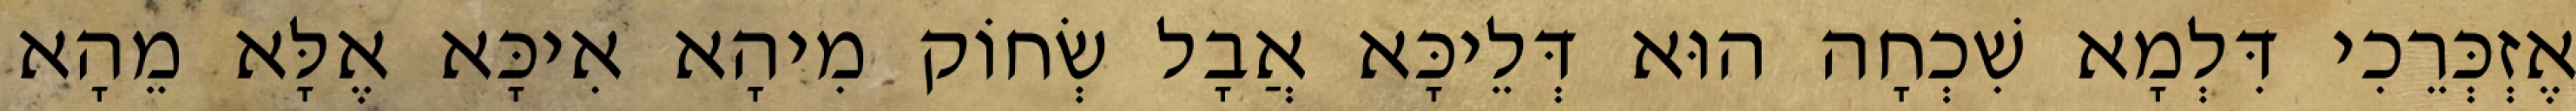
אֶזְכְּרֵכִי דִּלְמָא שִׁכְחָה הוּא דְּלֵיכָּא אֲבָל שְׂחוֹק מִיהָא אִיכָּא אֶלָּא מֵהָא